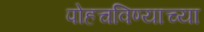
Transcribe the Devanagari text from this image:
पोहचविण्याच्या